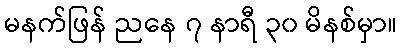
မနက်ဖြန် ညနေ ၇ နာရီ ၃၀ မိနစ်မှာ။